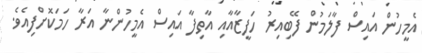
އެމީހުން އައިސް ފާލަމުން ފޭބިއިރު ހަފީޒާއާއި އާތިފާ އައިސް އެމީހުންނާ އަރާ ހަމަކޮށްފިއެވެ.